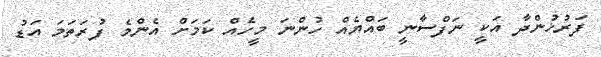
ފަރުޚުންދާ އަކީ ނަފްސާނީ ބައްޔެއް ހުންނަ މީހެއް ކަމަށް އެންމެ ފުރަތަމަ އަޑު